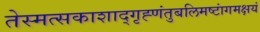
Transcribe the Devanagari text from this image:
तेस्मत्सकाशाद्गृह्णंतुबलिमष्टांगमक्षयं